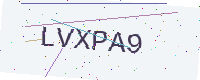
Text: LVXPA9